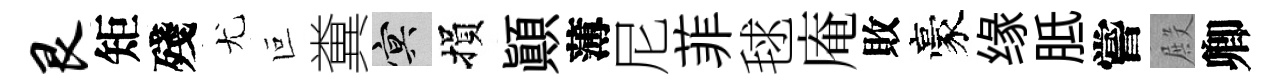
艮矩殘尤叵糞冥損顚薄尼菲毬庵敗豪缘胝嘗殿卿